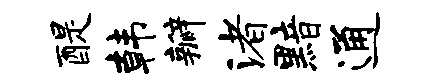
醍韩瓣渚黯通